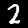
Label: 2